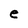
Character: e